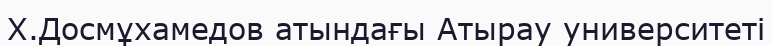
Х.Досмұхамедов атындағы Атырау университеті